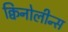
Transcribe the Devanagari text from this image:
क्विनोलीन्स